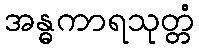
အန္ဓကာရသုတ္တံ